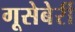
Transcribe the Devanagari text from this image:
गूसेबेर्री